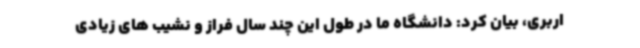
اربری، بیان کرد: دانشگاه ما در طول این چند سال فراز و نشیب های زیادی